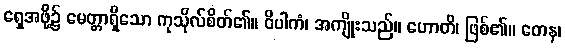
ရှေအဖို့၌ မေတ္တာရှိသော ကုသိုလ်စိတ်၏။ ဝိပါကံ၊ အကျိုးသည်။ ဟောတိ၊ ဖြစ်၏။ တေန၊